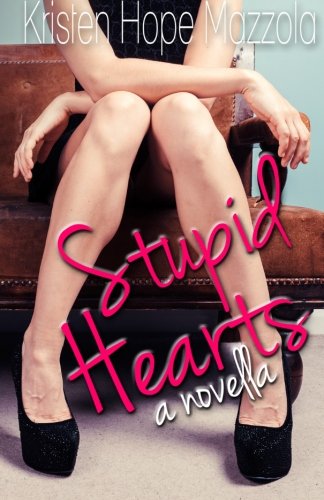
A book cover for Stupid Hearts; Kristen Hope Mazzola; Romance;